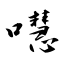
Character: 嚖